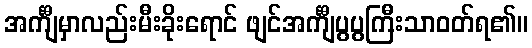
အင်္ကျီမှာလည်းမီးခိုးရောင် ဖျင်အင်္ကျီပွပွကြီးသာဝတ်ရ၏။